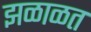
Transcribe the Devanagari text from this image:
झळाळत